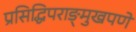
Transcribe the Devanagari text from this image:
प्रसिद्धिपराङ्‌मुखपणे